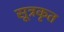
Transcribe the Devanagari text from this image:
सूत्रकृत